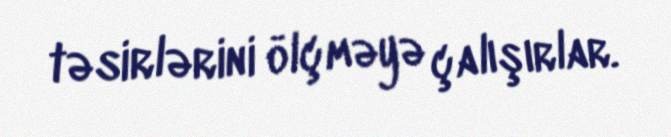
təsirlərini ölçməyə çalışırlar.